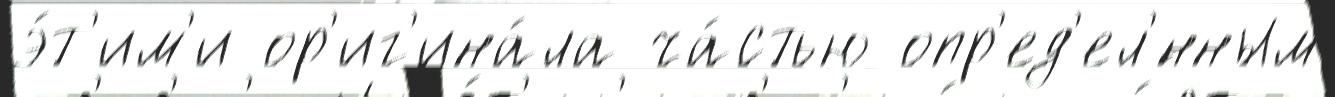
э́т'им'и ор'иг'ина́ла ча́стью опр'ед'ел'́нным